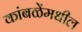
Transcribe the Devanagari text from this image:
कांबळेंमधील